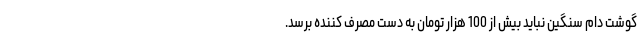
گوشت دام سنگین نباید بیش از 100 هزار تومان به دست مصرف کننده برسد.